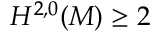
H ^ { 2 , 0 } ( M ) \geq 2